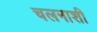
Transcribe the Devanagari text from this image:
चलनाशी